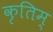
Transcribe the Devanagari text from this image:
कृतिम्